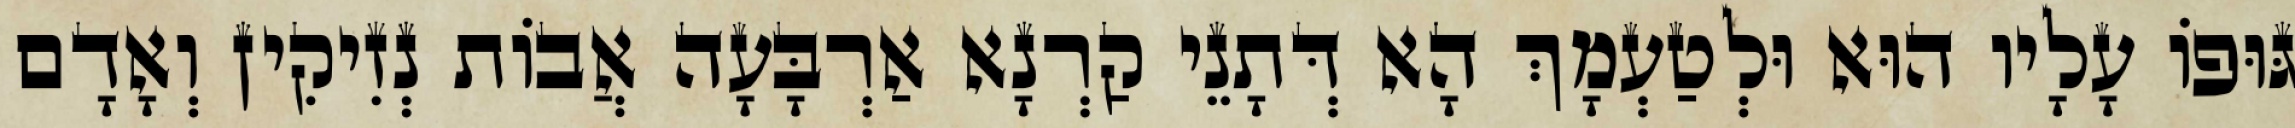
גּוּפוֹ עָלָיו הוּא וּלְטַעְמָךְ הָא דְּתָנֵי קַרְנָא אַרְבָּעָה אֲבוֹת נְזִיקִין וְאָדָם